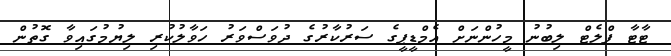
ޓާޓާ ފްލެޓް ލިބުނު މީހުންނަށް އެމްޑީޕީގެ ސަރުކާރުގެ ދުވަސްވަރު ހަވާލުކުރި ލިޔުމުގައިވާ ގޮތުން